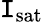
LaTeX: \mathtt{I}_{\mathrm{{sat}}}